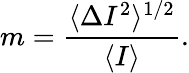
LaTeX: m={\frac{\langle\Delta I^{2}\rangle^{1/2}}{\langle I\rangle}}.